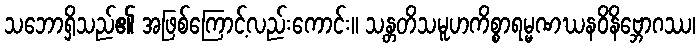
သဘောရှိသည်၏ အဖြစ်ကြောင့်လည်းကောင်း။ သန္တတိသမူဟကိစ္စာရမ္မဏဃနဝိနိဗ္ဘောဂဿ၊